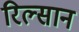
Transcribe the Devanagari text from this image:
रिल्सान